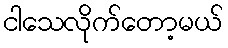
ငါသေလိုက်တော့မယ်